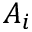
A _ { i }